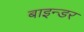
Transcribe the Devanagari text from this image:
बाइन्डर